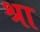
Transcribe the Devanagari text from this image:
श्रा